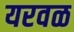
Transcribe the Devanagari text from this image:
यरवळ